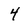
Character: 4